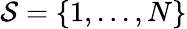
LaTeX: \mathcal{S}=\left\{ {1,...,N}\right\}